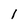
Character: l